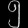
Digit: ၅